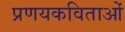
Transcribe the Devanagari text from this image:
प्रणयकविताओं